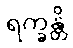
ရက္ခန္တိ